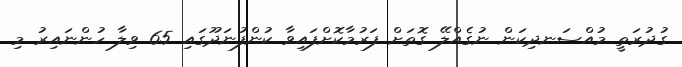
ގުދުރަތީ މުއްސަނދިކަން ނުގެއްލޭ ގޮތަށް ފަރުމާކޮށްފައިވާ ކުންފުނަދޫގައި 65 ވިލާ ހުންނައިރު މި